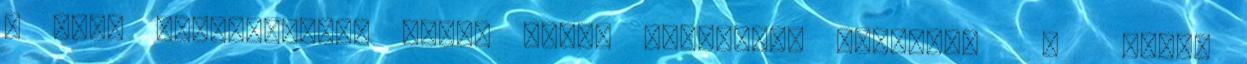
a bohó rögeszméket, mikor ilyen figurákat olvasok. . Azért